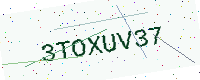
Text: 3TOXUV37